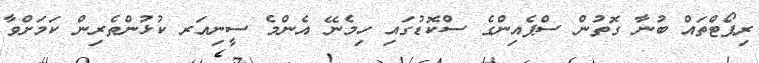
ރިޕޯޓްތައް ބުނާ ގޮތުން ސްޕެއިންގެ ސްކޮޑުގައި ހިމެނޭ އެންމެ ސީނިއަރ ކުޅުންތެރިން ކަމަށްވާ